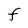
Character: F